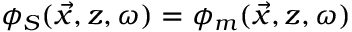
\phi _ { S } ( \vec { x } , z , \omega ) = \phi _ { m } ( \vec { x } , z , \omega )